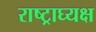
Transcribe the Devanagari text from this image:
राष्ट्राघ्यक्ष